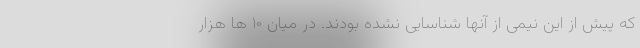
که پیش از این نیمی از آنها شناسایی نشده بودند. در میان ۱۰ ها هزار